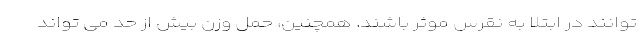
توانند در ابتلا به نقرس موثر باشند. همچنین، حمل وزن بیش از حد می تواند